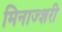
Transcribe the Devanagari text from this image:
मिनाज्शरी